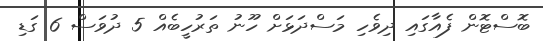
ބޮސްޓޮން ފެއާގައި ދިވެހި މަސްދަޅަށް ހޫނު ތަރުހީބެއް 5 ދުވަސް 6 ގަޑި